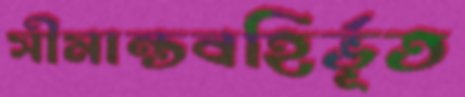
সীমান্তবহির্ভূত